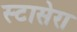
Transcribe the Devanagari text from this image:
स्टासेरा